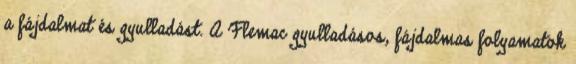
a fájdalmat és gyulladást. A Flemac gyulladásos, fájdalmas folyamatok